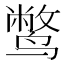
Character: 𫜁